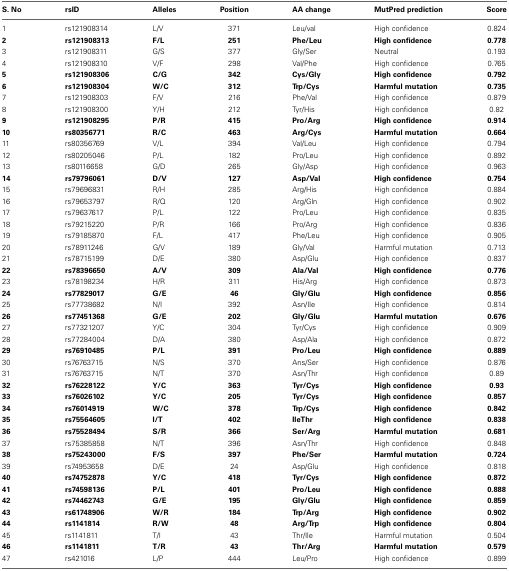
<table><thead><tr><td><b>S. No</b></td><td><b>rsID</b></td><td><b>Alleles</b></td><td><b>Position</b></td><td><b>AA change</b></td><td><b>MutPred prediction</b></td><td><b>Score</b></td></tr></thead><tbody><tr><td>1</td><td>rs121908314</td><td>L/V</td><td>371</td><td>Leu/val</td><td>High confidence</td><td>0.824</td></tr><tr><td><b>2</b></td><td><b>rs121908313</b></td><td><b>F/L</b></td><td><b>251</b></td><td><b>Phe/Leu</b></td><td><b>High confidence</b></td><td><b>0.778</b></td></tr><tr><td>3</td><td>rs121908311</td><td>G/S</td><td>377</td><td>Gly/Ser</td><td>Neutral</td><td>0.193</td></tr><tr><td>4</td><td>rs121908310</td><td>V/F</td><td>298</td><td>Val/Phe</td><td>High confidence</td><td>0.765</td></tr><tr><td><b>5</b></td><td><b>rs121908306</b></td><td><b>C/G</b></td><td><b>342</b></td><td><b>Cys/Gly</b></td><td><b>High confidence</b></td><td><b>0.792</b></td></tr><tr><td><b>6</b></td><td><b>rs121908304</b></td><td><b>W/C</b></td><td><b>312</b></td><td><b>Trp/Cys</b></td><td><b>Harmful mutation</b></td><td><b>0.735</b></td></tr><tr><td>7</td><td>rs121908303</td><td>F/V</td><td>216</td><td>Phe/Val</td><td>High confidence</td><td>0.879</td></tr><tr><td>8</td><td>rs121908300</td><td>Y/H</td><td>212</td><td>Tyr/His</td><td>High confidence</td><td>0.82</td></tr><tr><td><b>9</b></td><td><b>rs121908295</b></td><td><b>P/R</b></td><td><b>415</b></td><td><b>Pro/Arg</b></td><td><b>High confidence</b></td><td><b>0.914</b></td></tr><tr><td><b>10</b></td><td><b>rs80356771</b></td><td><b>R/C</b></td><td><b>463</b></td><td><b>Arg/Cys</b></td><td><b>Harmful mutation</b></td><td><b>0.664</b></td></tr><tr><td>11</td><td>rs80356769</td><td>V/L</td><td>394</td><td>Val/Leu</td><td>High confidence</td><td>0.794</td></tr><tr><td>12</td><td>rs80205046</td><td>P/L</td><td>182</td><td>Pro/Leu</td><td>High confidence</td><td>0.892</td></tr><tr><td>13</td><td>rs80116658</td><td>G/D</td><td>265</td><td>Gly/Asp</td><td>High confidence</td><td>0.963</td></tr><tr><td><b>14</b></td><td><b>rs79796061</b></td><td><b>D/V</b></td><td><b>127</b></td><td><b>Asp/Val</b></td><td><b>High confidence</b></td><td><b>0.754</b></td></tr><tr><td>15</td><td>rs79696831</td><td>R/H</td><td>285</td><td>Arg/His</td><td>High confidence</td><td>0.884</td></tr><tr><td>16</td><td>rs79653797</td><td>R/Q</td><td>120</td><td>Arg/Gln</td><td>High confidence</td><td>0.902</td></tr><tr><td>17</td><td>rs79637617</td><td>P/L</td><td>122</td><td>Pro/Leu</td><td>High confidence</td><td>0.835</td></tr><tr><td>18</td><td>rs79215220</td><td>P/R</td><td>166</td><td>Pro/Arg</td><td>High confidence</td><td>0.836</td></tr><tr><td>19</td><td>rs79185870</td><td>F/L</td><td>417</td><td>Phe/Leu</td><td>High confidence</td><td>0.905</td></tr><tr><td>20</td><td>rs78911246</td><td>G/V</td><td>189</td><td>Gly/Val</td><td>Harmful mutation</td><td>0.713</td></tr><tr><td>21</td><td>rs78715199</td><td>D/E</td><td>380</td><td>Asp/Glu</td><td>High confidence</td><td>0.837</td></tr><tr><td><b>22</b></td><td><b>rs78396650</b></td><td><b>A/V</b></td><td><b>309</b></td><td><b>Ala/Val</b></td><td><b>High confidence</b></td><td><b>0.776</b></td></tr><tr><td>23</td><td>rs78198234</td><td>H/R</td><td>311</td><td>His/Arg</td><td>High confidence</td><td>0.873</td></tr><tr><td><b>24</b></td><td><b>rs77829017</b></td><td><b>G/E</b></td><td><b>46</b></td><td><b>Gly/Glu</b></td><td><b>High confidence</b></td><td><b>0.856</b></td></tr><tr><td>25</td><td>rs77738682</td><td>N/I</td><td>392</td><td>Asn/Ile</td><td>High confidence</td><td>0.814</td></tr><tr><td><b>26</b></td><td><b>rs77451368</b></td><td><b>G/E</b></td><td><b>202</b></td><td><b>Gly/Glu</b></td><td><b>Harmful mutation</b></td><td><b>0.676</b></td></tr><tr><td>27</td><td>rs77321207</td><td>Y/C</td><td>304</td><td>Tyr/Cys</td><td>High confidence</td><td>0.909</td></tr><tr><td>28</td><td>rs77284004</td><td>D/A</td><td>380</td><td>Asp/Ala</td><td>High confidence</td><td>0.872</td></tr><tr><td><b>29</b></td><td><b>rs76910485</b></td><td><b>P/L</b></td><td><b>391</b></td><td><b>Pro/Leu</b></td><td><b>High confidence</b></td><td><b>0.889</b></td></tr><tr><td>30</td><td>rs76763715</td><td>N/S</td><td>370</td><td>Ans/Ser</td><td>High confidence</td><td>0.876</td></tr><tr><td>31</td><td>rs76763715</td><td>N/T</td><td>370</td><td>Asn/Thr</td><td>High confidence</td><td>0.89</td></tr><tr><td><b>32</b></td><td><b>rs76228122</b></td><td><b>Y/C</b></td><td><b>363</b></td><td><b>Tyr/Cys</b></td><td><b>High confidence</b></td><td><b>0.93</b></td></tr><tr><td><b>33</b></td><td><b>rs76026102</b></td><td><b>Y/C</b></td><td><b>205</b></td><td><b>Tyr/Cys</b></td><td><b>High confidence</b></td><td><b>0.857</b></td></tr><tr><td><b>34</b></td><td><b>rs76014919</b></td><td><b>W/C</b></td><td><b>378</b></td><td><b>Trp/Cys</b></td><td><b>High confidence</b></td><td><b>0.842</b></td></tr><tr><td><b>35</b></td><td><b>rs75564605</b></td><td><b>I/T</b></td><td><b>402</b></td><td><b>IleThr</b></td><td><b>High confidence</b></td><td><b>0.838</b></td></tr><tr><td><b>36</b></td><td><b>rs75528494</b></td><td><b>S/R</b></td><td><b>366</b></td><td><b>Ser/Arg</b></td><td><b>Harmful mutation</b></td><td><b>0.681</b></td></tr><tr><td>37</td><td>rs75385858</td><td>N/T</td><td>396</td><td>Asn/Thr</td><td>High confidence</td><td>0.848</td></tr><tr><td><b>38</b></td><td><b>rs75243000</b></td><td><b>F/S</b></td><td><b>397</b></td><td><b>Phe/Ser</b></td><td><b>Harmful mutation</b></td><td><b>0.724</b></td></tr><tr><td>39</td><td>rs74953658</td><td>D/E</td><td>24</td><td>Asp/Glu</td><td>High confidence</td><td>0.818</td></tr><tr><td><b>40</b></td><td><b>rs74752878</b></td><td><b>Y/C</b></td><td><b>418</b></td><td><b>Tyr/Cys</b></td><td><b>High confidence</b></td><td><b>0.872</b></td></tr><tr><td><b>41</b></td><td><b>rs74598136</b></td><td><b>P/L</b></td><td><b>401</b></td><td><b>Pro/Leu</b></td><td><b>High confidence</b></td><td><b>0.888</b></td></tr><tr><td><b>42</b></td><td><b>rs74462743</b></td><td><b>G/E</b></td><td><b>195</b></td><td><b>Gly/Glu</b></td><td><b>High confidence</b></td><td><b>0.859</b></td></tr><tr><td><b>43</b></td><td><b>rs61748906</b></td><td><b>W/R</b></td><td><b>184</b></td><td><b>Trp/Arg</b></td><td><b>High confidence</b></td><td><b>0.902</b></td></tr><tr><td><b>44</b></td><td><b>rs1141814</b></td><td><b>R/W</b></td><td><b>48</b></td><td><b>Arg/Trp</b></td><td><b>High confidence</b></td><td><b>0.804</b></td></tr><tr><td>45</td><td>rs1141811</td><td>T/I</td><td>43</td><td>Thr/Ile</td><td>Harmful mutation</td><td>0.504</td></tr><tr><td><b>46</b></td><td><b>rs1141811</b></td><td><b>T/R</b></td><td><b>43</b></td><td><b>Thr/Arg</b></td><td><b>Harmful mutation</b></td><td><b>0.579</b></td></tr><tr><td>47</td><td>rs421016</td><td>L/P</td><td>444</td><td>Leu/Pro</td><td>High confidence</td><td>0.899</td></tr></tbody></table>